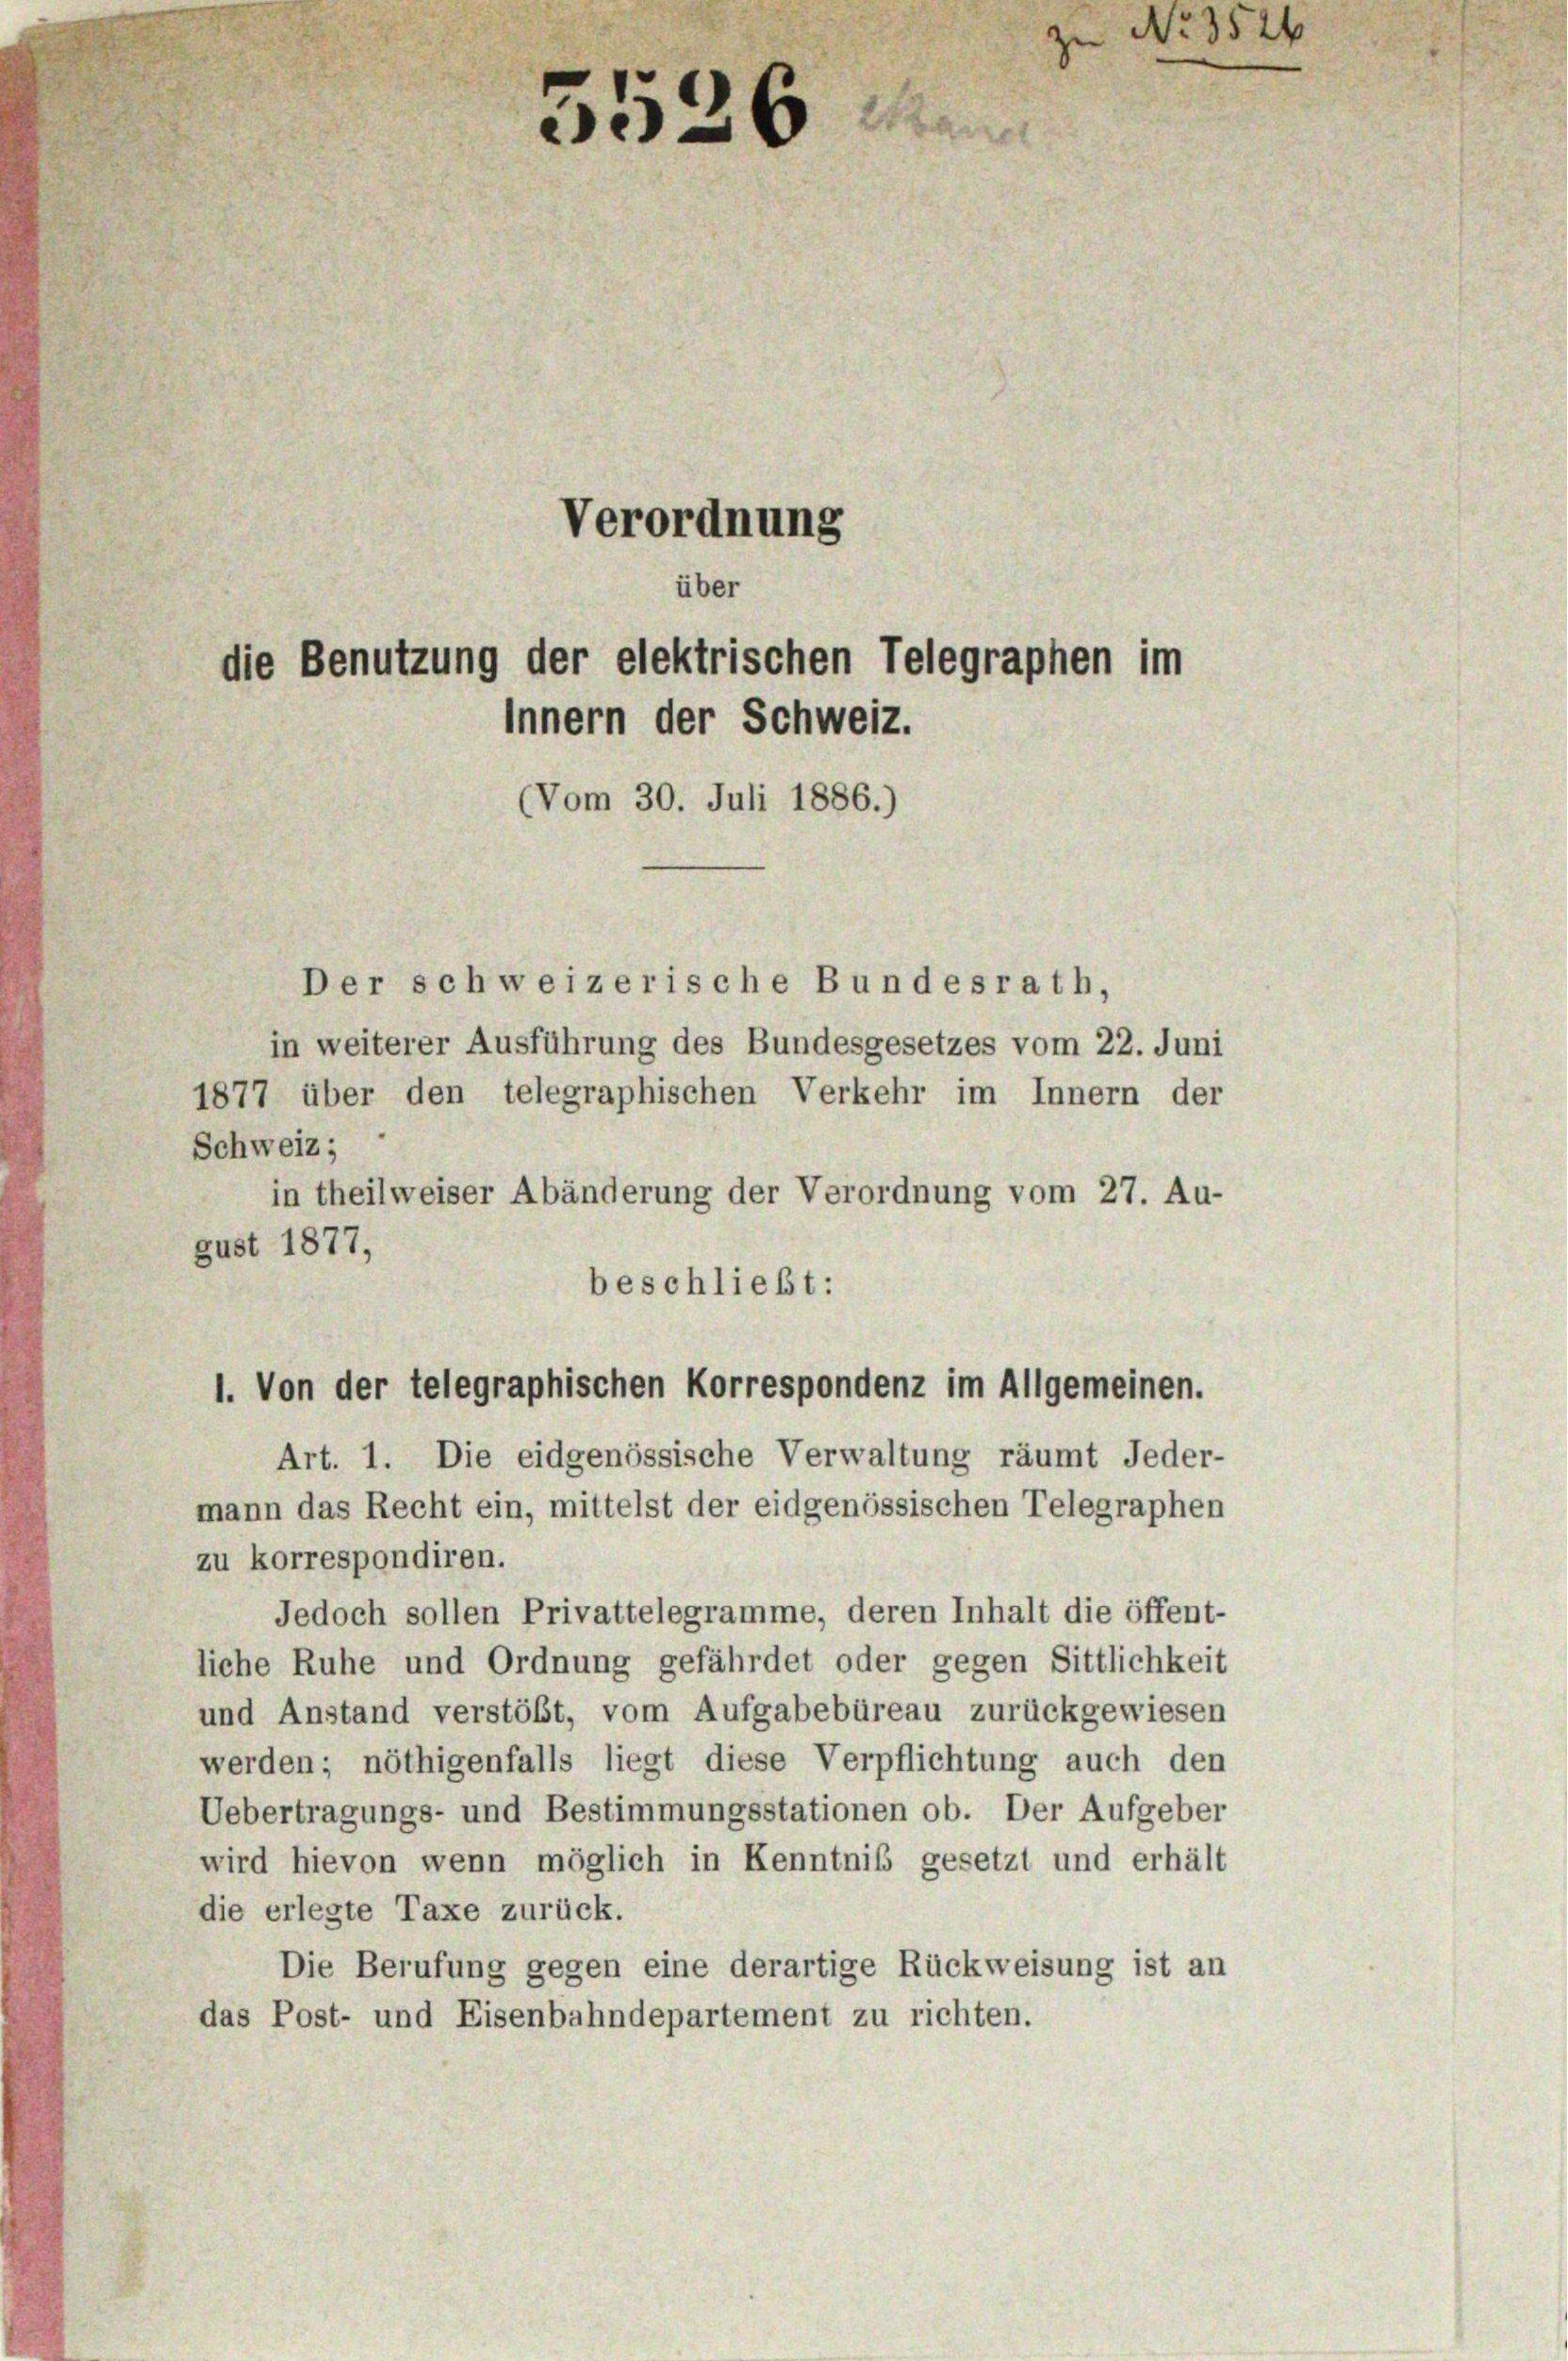
Verordnung

5526

über
die Benutzung der elektrischen Telegraphen im

innern der Schweiz.
(Vom 30. Juli 1886.)

Der schweizerische Bundesrath,
in weiterer Ausführung des Bundesgesetzes vom 22. Juni
1877 über den telegraphischen Verkehr im Innern der
Schweiz;
in theilweiser Abänderung der Verordnung vom 27. Au-
gust 1877,
beschließt:
Art. 1. Die eidgenössische Verwaltung räumt Jeder-
mann das Recht ein, mittelst der eidgenössischen Telegraphen
zu korrespondiren.
Jedoch sollen Privattelegramme, deren Inhalt die öffent-
liche Ruhe und Ordnung gefährdet oder gegen Sittlichkeit
und Anstand verstößt, vom Aufgabebüreau zurückgewiesen
werden; nöthigenfalls liegt diese Verpflichtung auch den
Uebertragungs- und Bestimmungsstationen ob. Der Aufgeber
wird hievon wenn möglich in Kenntniß gesetzt und erhält
die erlegte Taxe zurück.
Die Berufung gegen eine derartige Rückweisung ist an
das Post- und Eisenbahndepartement zu richten.

1. Von der telegraphischen Korrespondenz im Allgemeinen.

No. 3524.